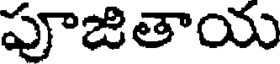
పూజితాయ